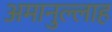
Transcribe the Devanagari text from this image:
अमानुल्लाह